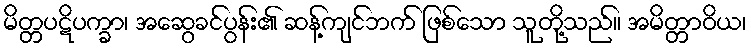
မိတ္တပဋိပက္ခာ၊ အဆွေခင်ပွန်း၏ ဆန့်ကျင်ဘက် ဖြစ်သော သူတို့သည်။ အမိတ္တာဝိယ၊